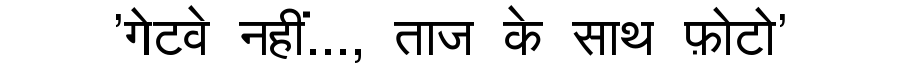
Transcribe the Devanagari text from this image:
'गेटवे नहीं..., ताज के साथ फ़ोटो'